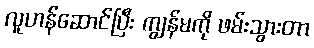
လူဟန်ဆောင်ပြီး ကျွန်မကို ဖမ်းသွားတာ